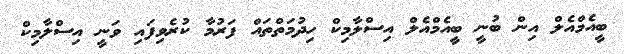
ބީއެމްއެލް އިން ބުނީ ބީއެމްއެލް އިސްލާމިކް ހިދުމަތްތައް ފަރުމާ ކުރެވިފައި ވަނީ އިސްލާމިކް